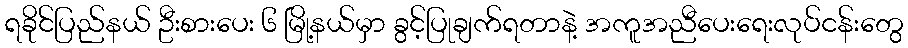
ရခိုင်ပြည်နယ် ဦးစားပေး ၆ မြို့နယ်မှာ ခွင့်ပြုချက်ရတာနဲ့ အကူအညီပေးရေးလုပ်ငန်းတွေ